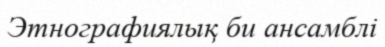
Этнографиялық би ансамблі